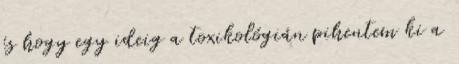
és hogy egy ideig a toxikológián pihentem ki a